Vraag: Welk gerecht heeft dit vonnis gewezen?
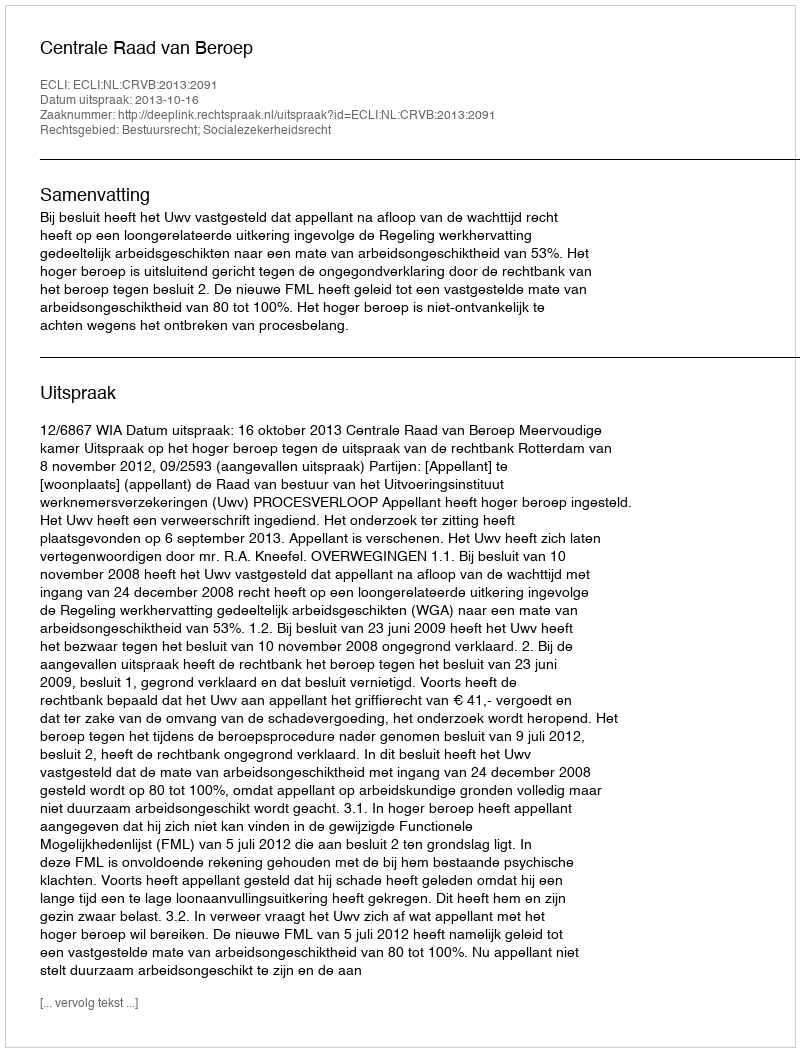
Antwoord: Centrale Raad van Beroep